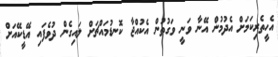
އެހީތެރިކަމަށް އެދުމުން އޭނާ ވަނީ ވަގުތުން އެކުއްޖާ ކޮނޑުމައްޗަށް ލައިގެން ދުވެފައި އޭޑީކޭއަށް